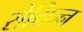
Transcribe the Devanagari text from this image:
सेभिन्न